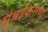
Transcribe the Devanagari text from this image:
मुंबईकराणा